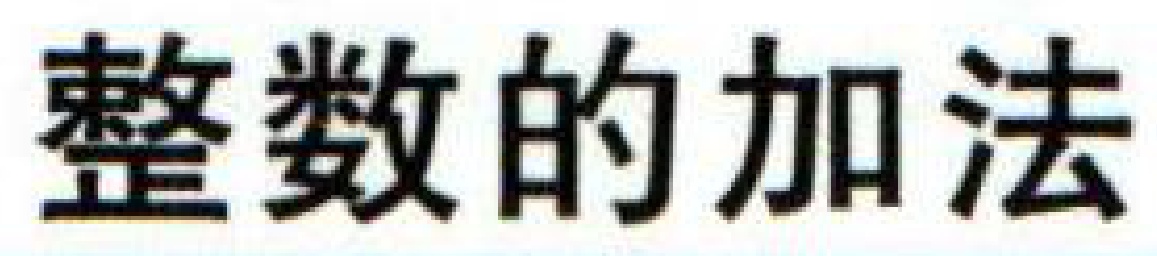
整数的加法